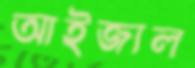
আইজাল